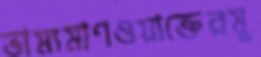
ভাম্যমাণওয়াক্তেরমু